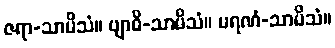
ဇရာ-သာမိသံ။ ဗျာဓိ-သာမိသံ။ မရဏံ-သာမိသံ။